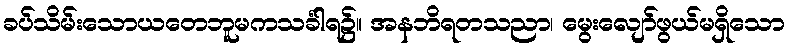
ခပ်သိမ်းသောယတေဘူမကသင်္ခါရ၌။ အနဘိရတသညာ၊ မွေးလျော်ဖွယ်မရှိသော